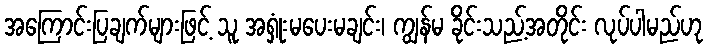
အကြောင်းပြချက်များဖြင့် သူ အရှုံးမပေးမချင်း၊ ကျွန်မ ခိုင်းသည့်အတိုင်း လုပ်ပါမည်ဟု